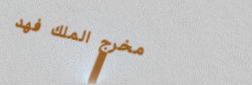
مخرج الملك فهد